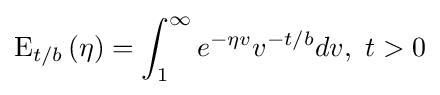
{\text{E}}_{t/b}\left(\eta \right)=\int _{1}^{\infty }e^{-\eta v}v^{-t/b}dv,\ t>0